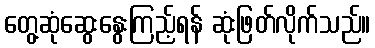
တွေ့ဆုံဆွေးနွေးကြည့်ရန် ဆုံးဖြတ်လိုက်သည်။